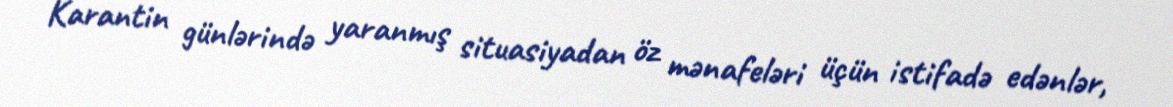
Karantin günlərində yaranmış situasiyadan öz mənafeləri üçün istifadə edənlər,